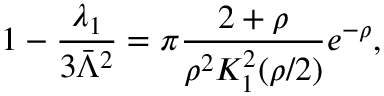
1 - \frac { \lambda _ { 1 } } { 3 \bar { \Lambda } ^ { 2 } } = \pi \frac { 2 + \rho } { \rho ^ { 2 } K _ { 1 } ^ { 2 } ( \rho / 2 ) } e ^ { - \rho } ,